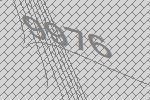
9976